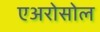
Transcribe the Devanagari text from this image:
एअरोसोल